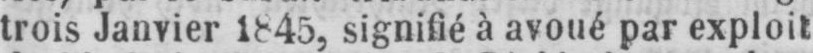
trois Janvier 1845, signifié à avoué par exploit